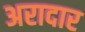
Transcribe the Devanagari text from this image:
अरादार